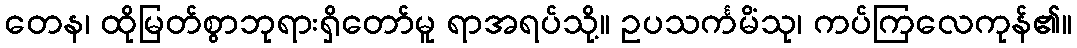
တေန၊ ထိုမြတ်စွာဘုရားရှိတော်မူ ရာအရပ်သို့။ ဥပသင်္ကမိံသု၊ ကပ်ကြလေကုန်၏။